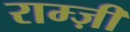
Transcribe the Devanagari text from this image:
राम्ज़ी